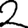
Digit: 2